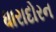
ધારાદોરન